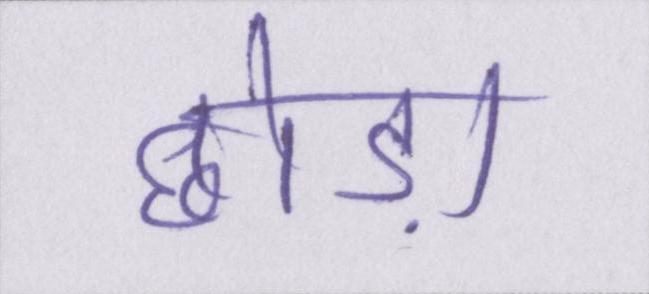
छोड़ा